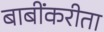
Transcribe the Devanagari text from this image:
बाबींकरीता